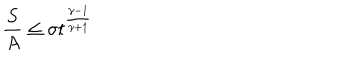
LaTeX: \frac { S } { A } \leq \sigma t ^ { \frac { \gamma - 1 } { \gamma + 1 } }